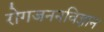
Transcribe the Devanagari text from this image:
रोगजननविज्ञान